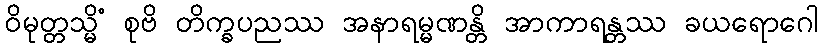
ဝိမုတ္တသ္မိံ စုဗိ တိက္ခပညဿ အနာရမ္မဏန္တိ အာကာရန္တဿ ခယရောဂေါ